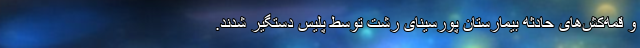
و قمه‌کش‌های حادثه بیمارستان پورسینای رشت توسط پلیس دستگیر شدند.